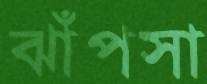
ঝাঁপসা